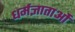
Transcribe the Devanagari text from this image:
धर्मज्ञाताओं